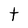
Character: t